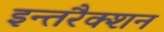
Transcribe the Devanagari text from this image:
इन्तरैक्शन